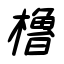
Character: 櫓